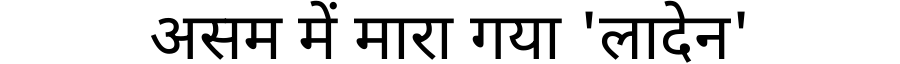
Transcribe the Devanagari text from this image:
असम में मारा गया 'लादेन'